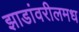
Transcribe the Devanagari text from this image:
झाडांवरीलमध